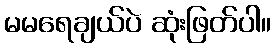
မမရေချယ်ပဲ ဆုံးဖြတ်ပါ။